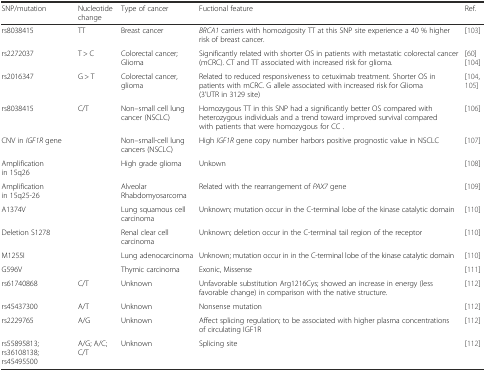
<table><thead><tr><td><b>SNP/mutation</b></td><td><b>Nucleotide change</b></td><td><b>Type of cancer</b></td><td><b>Fuctional feature</b></td><td><b>Ref.</b></td></tr></thead><tbody><tr><td>rs8038415</td><td>TT</td><td>Breast cancer</td><td><i>BRCA1</i> carriers with homozigosity TT at this SNP site experience a 40 % higher risk of breast cancer.</td><td>[103]</td></tr><tr><td>rs2272037</td><td>T &gt; C</td><td>Colorectal cancer;Glioma</td><td>Significantly related with shorter OS in patients with metastatic colorectal cancer (mCRC). CT and TT associated with increased risk for glioma.</td><td>[60] [104]</td></tr><tr><td>rs2016347</td><td>G &gt; T</td><td>Colorectal cancer, glioma</td><td>Related to reduced responsiveness to cetuximab treatment. Shorter OS in patients with mCRC. G allele associated with increased risk for Glioma (3’UTR in 3129 site)</td><td>[104, 105]</td></tr><tr><td>rs8038415</td><td>C/T</td><td>Non–small cell lung cancer (NSCLC)</td><td>Homozygous TT in this SNP had a significantly better OS compared with heterozygous individuals and a trend toward improved survival compared with patients that were homozygous for CC .</td><td>[106]</td></tr><tr><td>CNV in <i>IGF1R</i> gene</td><td></td><td>Non–small-cell lung cancers (NSCLC)</td><td>High <i>IGF1R</i> gene copy number harbors positive prognostic value in NSCLC</td><td>[107]</td></tr><tr><td>Amplification in 15q26</td><td></td><td>High grade glioma</td><td>Unkown</td><td>[108]</td></tr><tr><td>Amplification in 15q25-26</td><td></td><td>Alveolar Rhabdomyosarcoma</td><td>Related with the rearrangement of <i>PAX7</i> gene</td><td>[109]</td></tr><tr><td>A1374V</td><td></td><td>Lung squamous cell carcinoma</td><td>Unknown; mutation occur in the C-terminal lobe of the kinase catalytic domain</td><td>[110]</td></tr><tr><td>Deletion S1278</td><td></td><td>Renal clear cell carcinoma</td><td>Unknown; deletion occur in the C-terminal tail region of the receptor</td><td>[110]</td></tr><tr><td>M1255I</td><td></td><td>Lung adenocarcinoma</td><td>Unknown; mutation occur in in the C-terminal lobe of the kinase catalytic domain</td><td>[110]</td></tr><tr><td>G596V</td><td></td><td>Thymic carcinoma</td><td>Exonic, Missense</td><td>[111]</td></tr><tr><td>rs61740868</td><td>C/T</td><td>Unknown</td><td>Unfavorable substitution Arg1216Cys; showed an increase in energy (less favorable change) in comparison with the native structure.</td><td>[112]</td></tr><tr><td>rs45437300</td><td>A/T</td><td>Unknown</td><td>Nonsense mutation</td><td>[112]</td></tr><tr><td>rs2229765</td><td>A/G</td><td>Unknown</td><td>Affect splicing regulation; to be associated with higher plasma concentrations of circulating IGF1R</td><td>[112]</td></tr><tr><td>rs55895813; rs36108138; rs45495500</td><td>A/G; A/C; C/T</td><td>Unknown</td><td>Splicing site</td><td>[112]</td></tr></tbody></table>